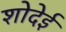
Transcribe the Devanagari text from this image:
शोदेई